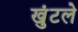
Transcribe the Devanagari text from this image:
खुंटले